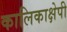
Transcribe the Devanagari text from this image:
कालिकाक्षेपी